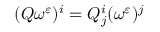
( Q \omega ^ { \varepsilon } ) ^ { i } = Q _ { j } ^ { i } ( \omega ^ { \varepsilon } ) ^ { j }